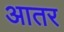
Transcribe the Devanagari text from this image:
आतर